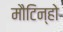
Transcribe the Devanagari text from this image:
मौटिन्हो